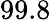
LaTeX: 99.8